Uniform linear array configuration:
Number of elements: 8
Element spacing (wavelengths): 0.5
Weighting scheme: binomial
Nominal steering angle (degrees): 15
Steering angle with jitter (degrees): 13.259
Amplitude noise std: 0.05
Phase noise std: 0.05

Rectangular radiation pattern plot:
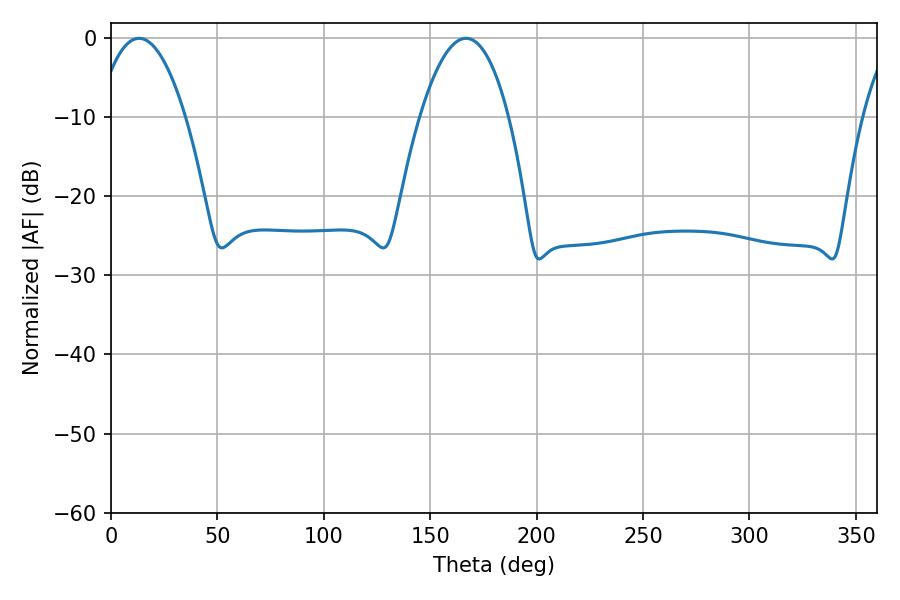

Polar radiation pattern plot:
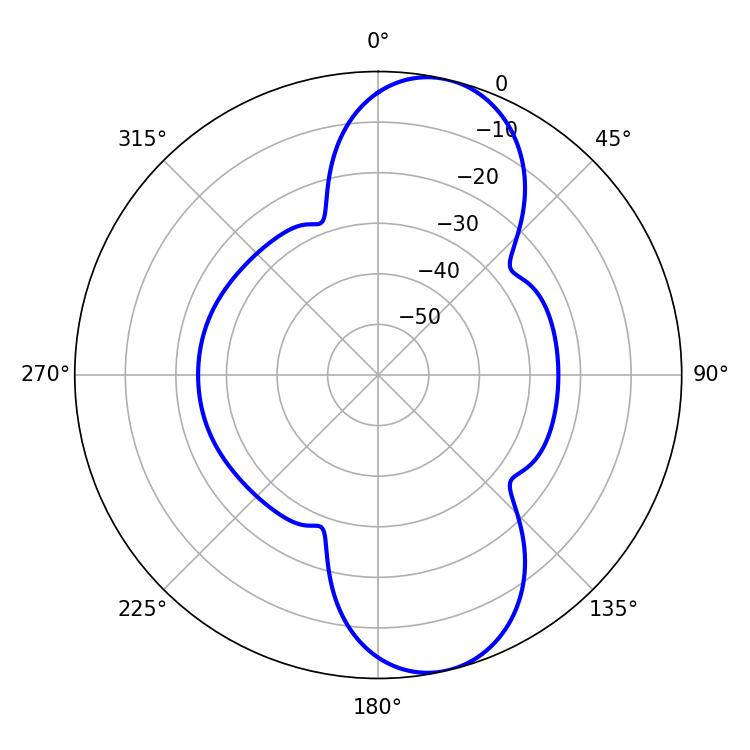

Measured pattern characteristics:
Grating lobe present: FALSE
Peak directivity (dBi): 9.996
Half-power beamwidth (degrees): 23.04
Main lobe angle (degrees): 13.14